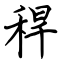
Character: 稈